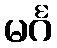
မင်္ဂ